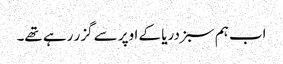
اب ہم سبز دریا کے اوپر سے گزر رہے تھے۔